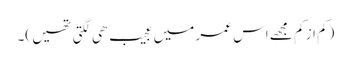
(کم از کم مجھے اس عمر میں عجیب ھی لگتی تھیں )۔